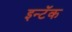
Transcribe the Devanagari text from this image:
इन्टॅक